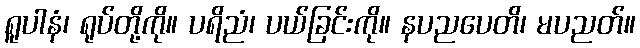
ရူပါနံ၊ ရုပ်တို့ကို။ ပရိညံ၊ ပယ်ခြင်းကို။ နပညပေတိ၊ မပညတ်။